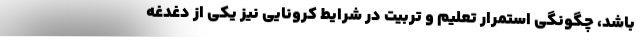
باشد، چگونگی استمرار تعلیم و تربیت در شرایط کرونایی نیز یکی از دغدغه